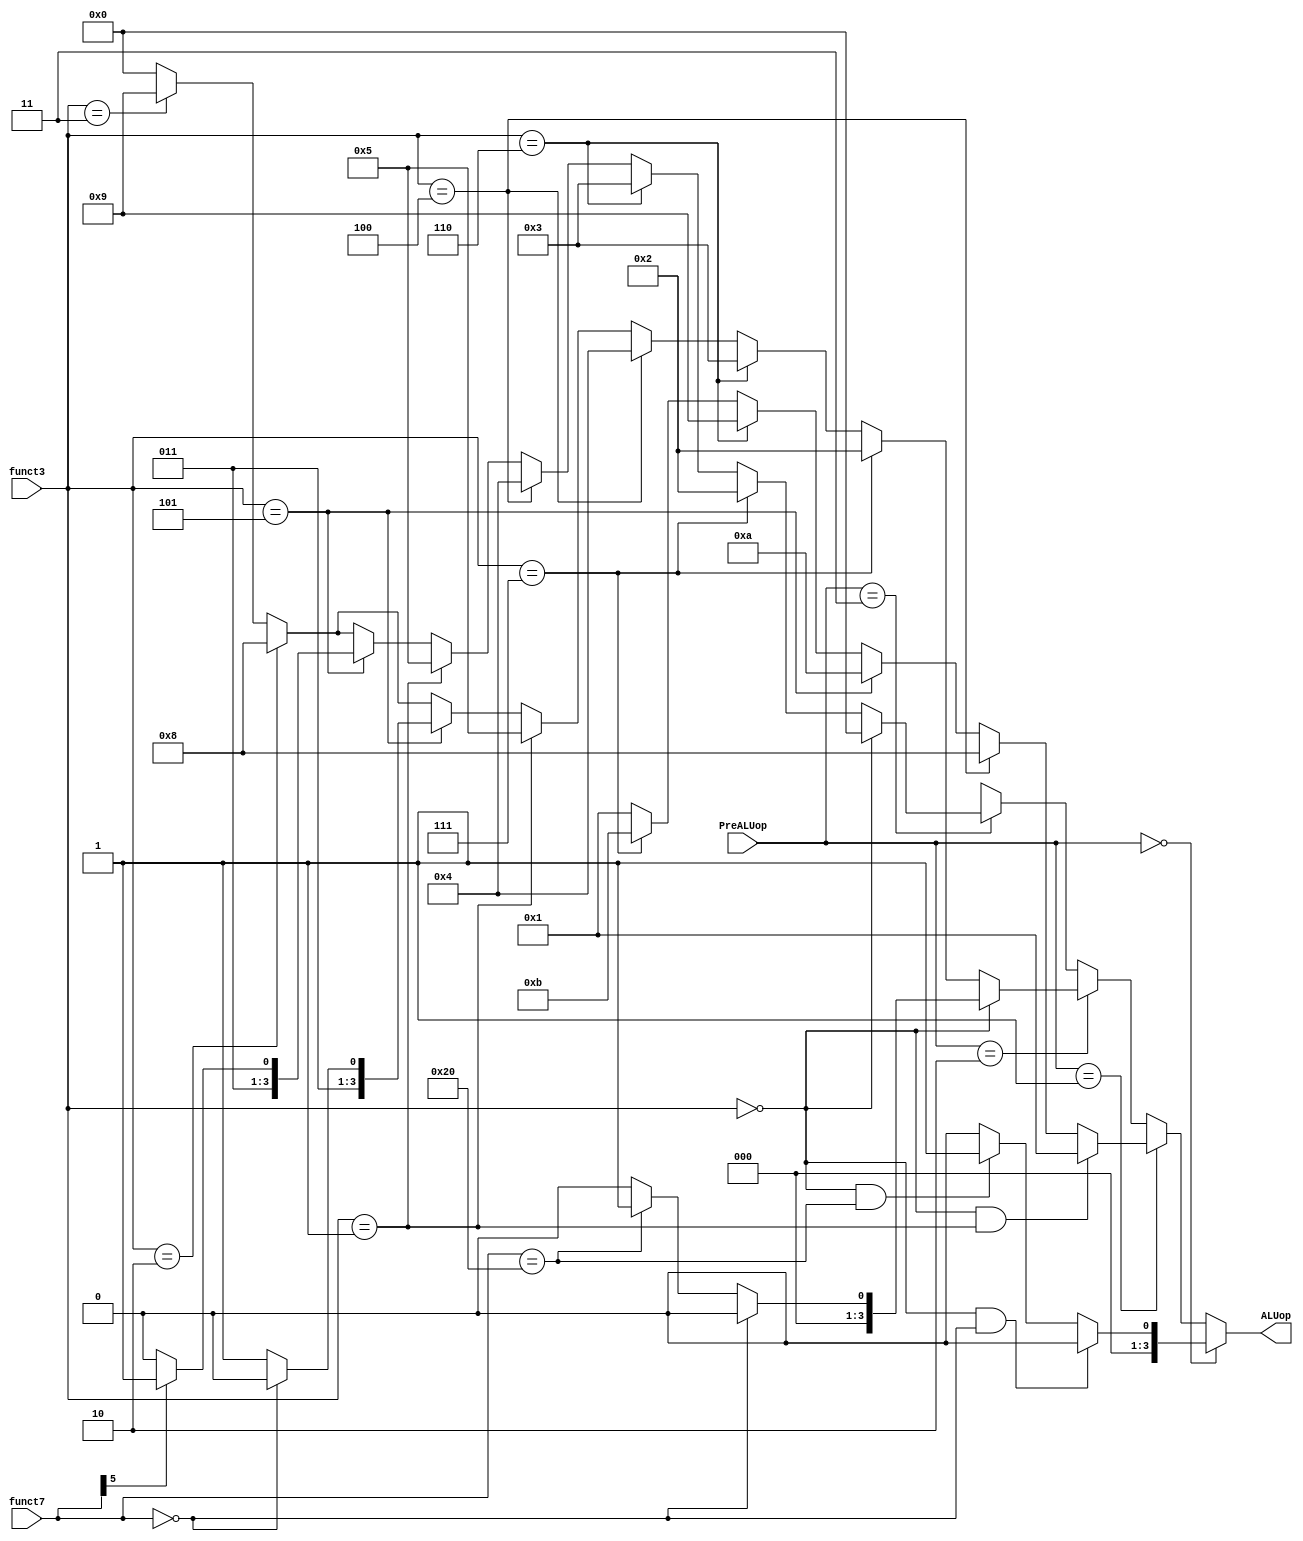
module alucontrol(
    input [6:0] funct7,
    input [2:0] funct3,
    input [1:0] PreALUop,
    output wire [3:0] ALUop
);
// 定义操作码
localparam ALU_ADD  = 4'b0000;
localparam ALU_SUB  = 4'b0001;
localparam ALU_AND  = 4'b0010;
localparam ALU_OR   = 4'b0011;
localparam ALU_XOR  = 4'b0100;
localparam ALU_SLL  = 4'b0101;
localparam ALU_SRL  = 4'b0110;
localparam ALU_SRA  = 4'b0111;
localparam ALU_SLT  = 4'b1000;
localparam ALU_SLTU = 4'b1001;
localparam ALU_GE   = 4'b1010;
localparam ALU_GEU  = 4'b1011;

//根据不同指令实现不同的ALU操作

// Calculate ALU operation based on funct7, funct3, and PreALUop
assign ALUop = 
    (PreALUop == 2'b00) ? (funct3 == 3'b000 && funct7 == 7'b0000000 ? ALU_ADD : 
                            funct3 == 3'b000 && funct7 == 7'b0100000 ? ALU_SUB :
                            ALU_ADD) : // 默认值是ADD
    (PreALUop == 2'b01) ? ( 
        (funct3 == 3'b000 && funct3 == 3'b001) ? ALU_SUB : (funct3 == 3'b100 ) ? ALU_SLT : (funct3 == 3'b101) ? ALU_GE :
        (funct3 == 3'b110) ? ALU_SLTU : (funct3 == 3'b111) ? ALU_GEU : ALU_SUB
     ) :           //分支指令，beq, bne, blt, bge, bltu, bgeu
    (PreALUop == 2'b10) ? // R-type operations detailed decoding
        (funct3 == 3'b000 ? (funct7 == 7'b0000000 ? ALU_ADD : funct7 == 7'b0100000 ? ALU_SUB : ALU_ADD) :
         funct3 == 3'b111 ? ALU_AND :
         funct3 == 3'b110 ? ALU_OR :
         funct3 == 3'b100 ? ALU_XOR :
         funct3 == 3'b001 ? ALU_SLL :
         funct3 == 3'b101 ? (funct7 == 7'b0000000 ? ALU_SRL : ALU_SRA) :
         funct3 == 3'b010 ? ALU_SLT :
         funct3 == 3'b011 ? ALU_SLTU : 4'b0000) : // undefined operation
    (PreALUop == 2'b11) ? // I-type operations with immediate values
        (funct3 == 3'b000 ? ALU_ADD :
         funct3 == 3'b111 ? ALU_AND :
         funct3 == 3'b110 ? ALU_OR :
         funct3 == 3'b100 ? ALU_XOR :
         funct3 == 3'b001 ? ALU_SLL :
         funct3 == 3'b101 ? (funct7[5] ? ALU_SRA : ALU_SRL) :
         funct3 == 3'b010 ? ALU_SLT :
         funct3 == 3'b011 ? ALU_SLTU : 4'b0000) : // undefined operation
    4'bxxxx; // Default case for unhandled PreALUop values
endmodule